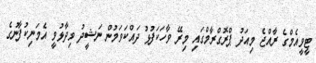
ޓީވީއެމްގެ ރާއްޖެ މިއަދު ޕްރޮގްރާމްގައި މިރޭ ވާހަކަފުޅު ދައްކަވަމުން ނަޝީދު ވިދާޅުވީ އެމަނިކުފާނުގެ